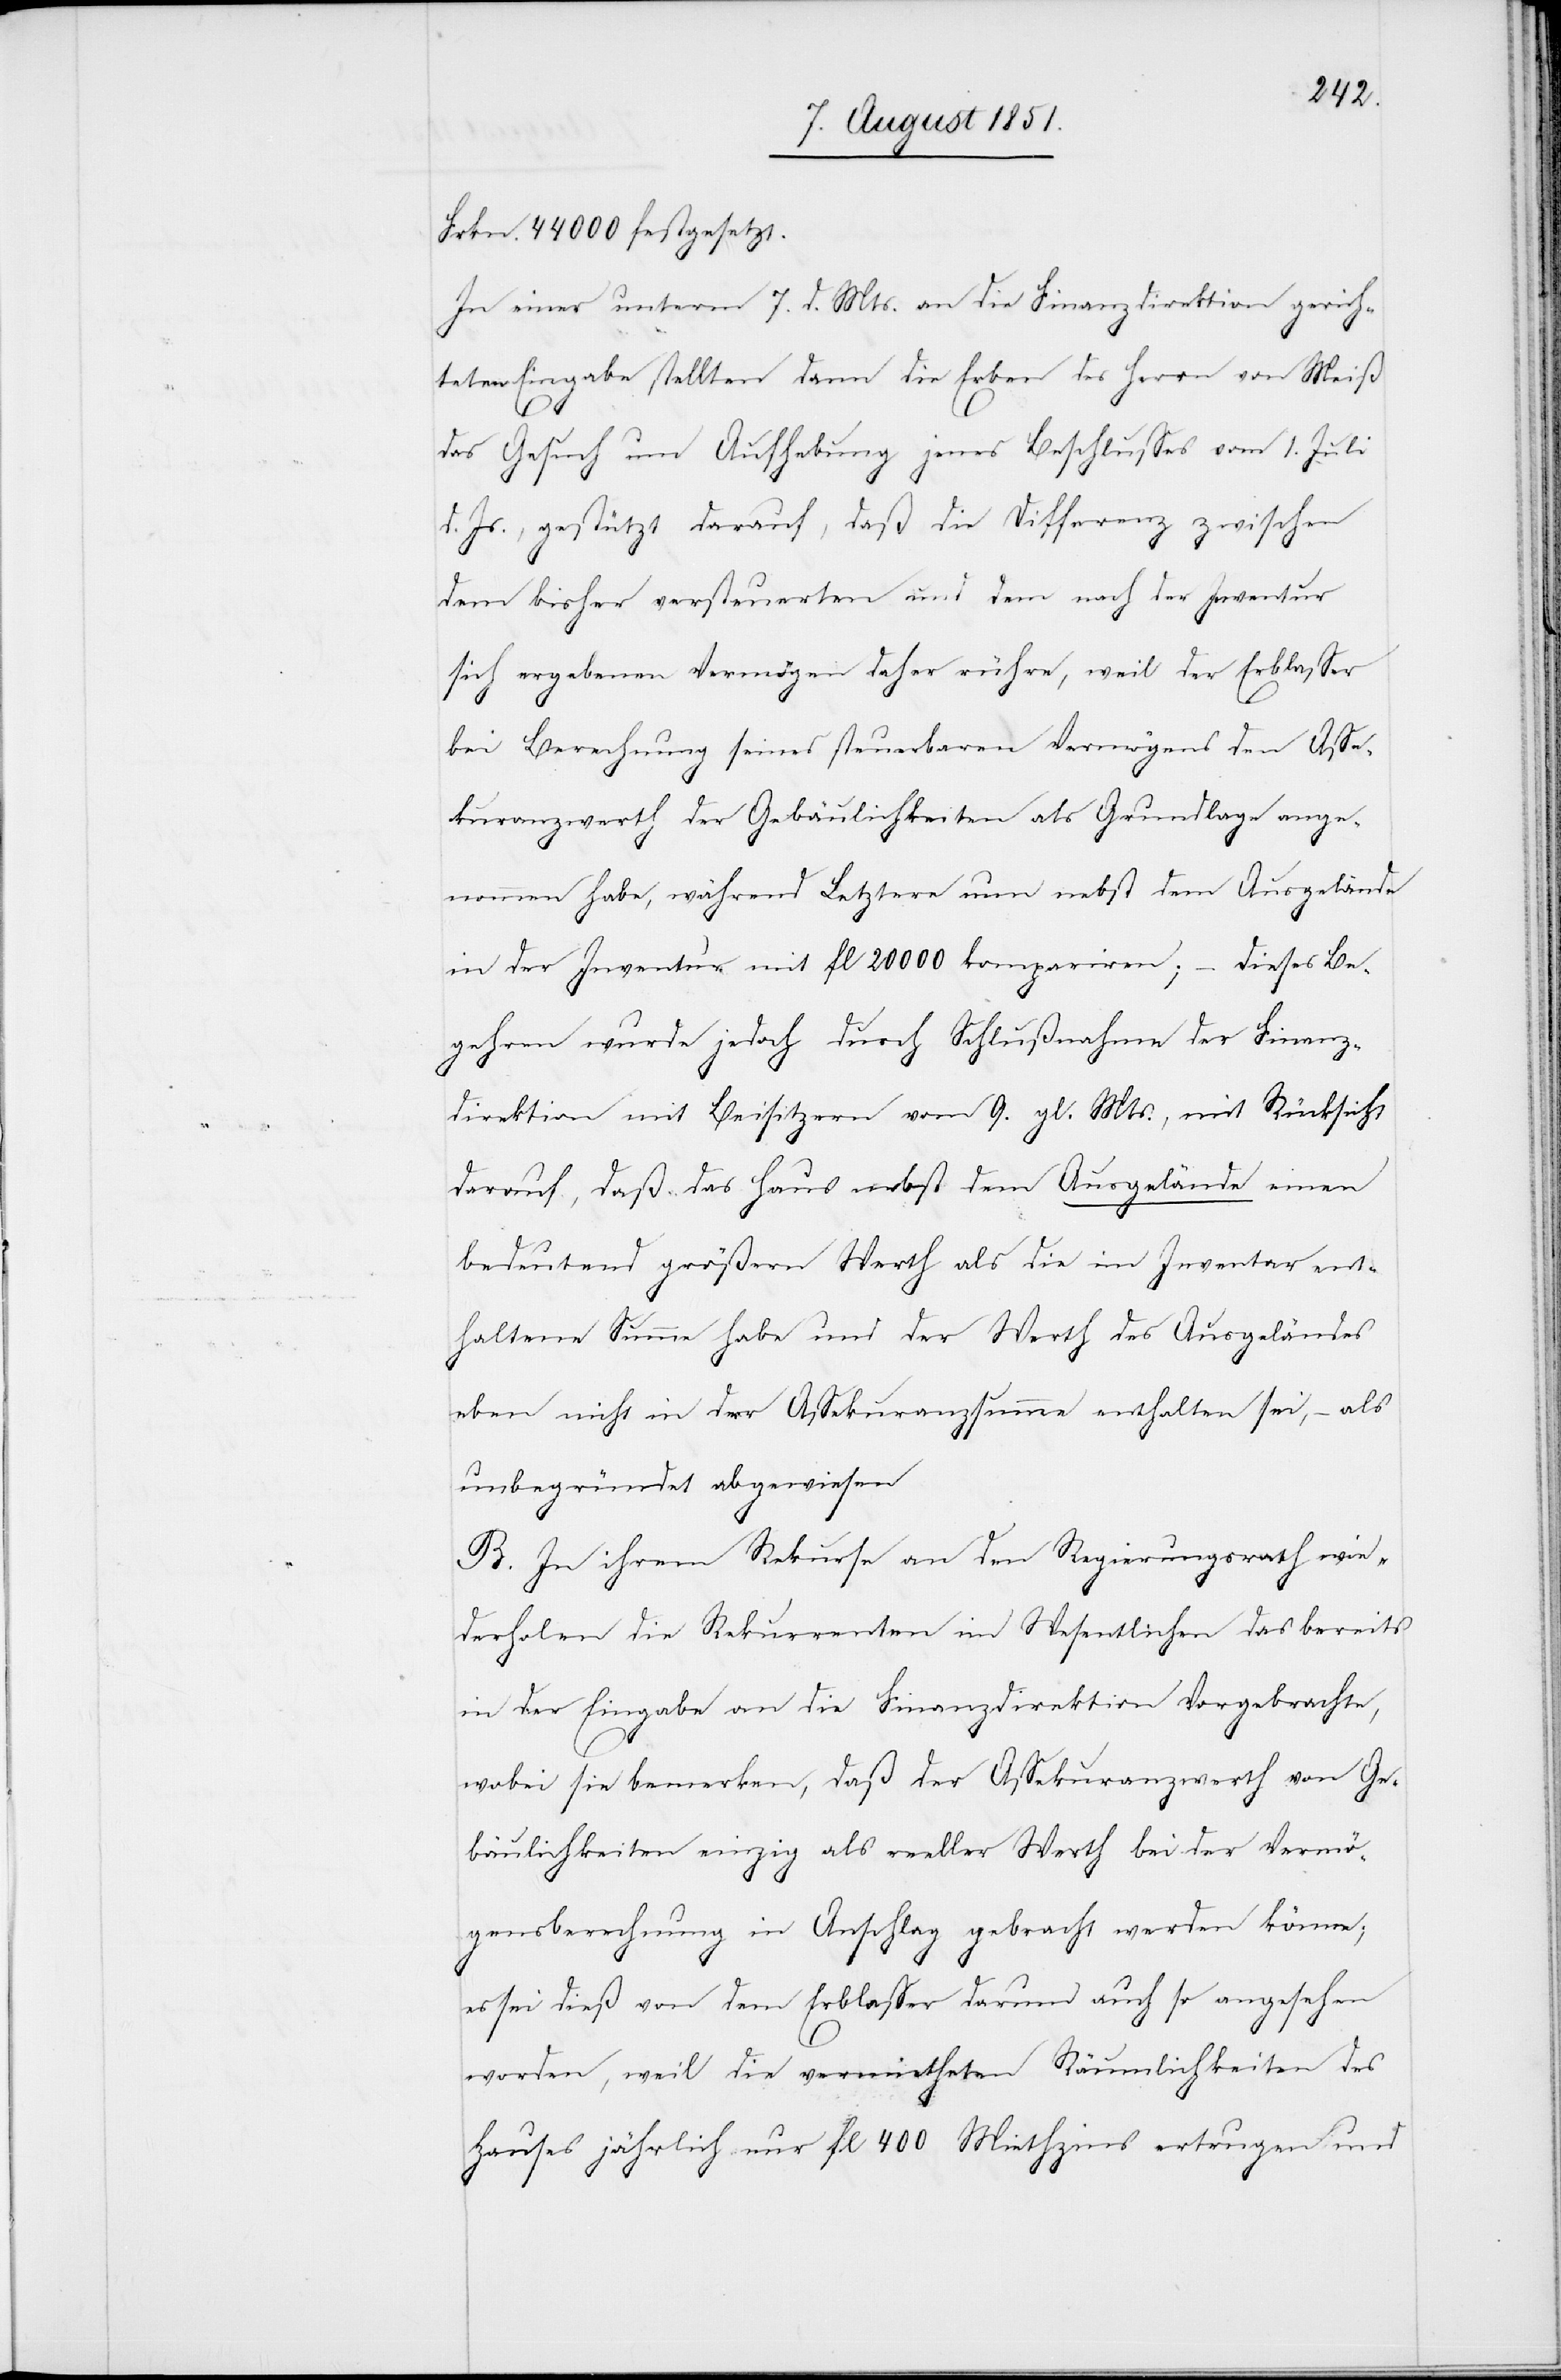
Frkn. 44000 festgesetzt.
In einer unterm 7. d. Mts. an die Finanzdirektion gerich¬
teten Eingabe stellten dann die Erben des Herrn von Meiß
das Gesuch um Aufhebung jenes Beschlusses vom 1. Juli
d. Js., gestützt darauf, daß die Differenz zwischen
dem bisher versteuerten und dem nach der Inventur
sich ergebenen Vermögen[s] daher rühre, weil der Erblasser
bei Berechnung seines steuerbaren Vermögens den Asse¬
kuranzwerth der Gebäulichkeiten als Grundlage ange¬
nommen habe, während Letztere nun nebst dem Ausgelände
in der Inventur mit fl 20000 kompariren; – dieses Be¬
gehren wurde jedoch durch Schlußnahme der Finanz¬
direktion mit Beisitzern vom 9. gl. Mts., mit Rücksicht
darauf, daß das Haus nebst dem Ausgelände einen
bedeutend größern Werth als die im Inventar ent¬
haltene Summe habe und der Werth des Ausgeländes
eben nicht in der Assekuranzsumme enthalten sei, – als
unbegründet abgewiesen
B. In ihrem Rekurse an den Regierungsrath wie¬
derholen die Rekurrenten im Wesentlichen das bereits
in der Eingabe an die Finanzdirektion Vorgebrachte,
wobei sie bemerken, daß der Assekuranzwerth von Ge¬
bäulichkeiten einzig als reeller Werth bei der Vermö¬
gensberechnung in Anschlag gebracht werden könne;
es sei dieß von dem Erblasser darum auch so angesehen
worden, weil die vermietheten Räumlichkeiten des
Hauses jährlich nur fl 400 Miethzins ertrugen und